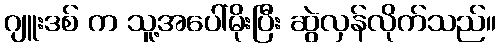
ဂျူးဒစ် က သူ့အပေါ်မိုးပြီး ဆွဲလှန်လိုက်သည်။